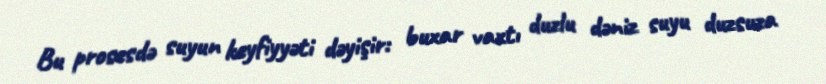
Bu prosesdə suyun keyfiyyəti dəyişir: buxar vaxtı duzlu dəniz suyu duzsuza